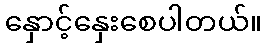
နှောင့်နှေးစေပါတယ်။